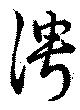
俜